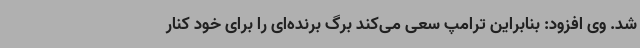
شد. وی افزود: بنابراین ترامپ سعی می‌کند برگ برنده‌ای را برای خود کنار